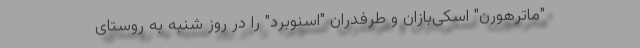
"ماترهورن" اسکی‌بازان و طرفدران "اسنوبرد" را در روز شنبه به روستای